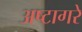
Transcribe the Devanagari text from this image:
अष्टागरे